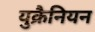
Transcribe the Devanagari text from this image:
युक्रैनियन